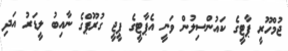
ޖުމްހޫރީ ޕާޓީގެ ކައުންސިލުން ވަނީ އެޕާޓީގެ ޕީޖީ ގުރޫޕްގެ ނާއިބު ލީޑަރު އަދި